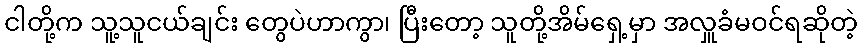
ငါတို့က သူ့သူငယ်ချင်း တွေပဲဟာကွာ၊ ပြီးတော့ သူတို့အိမ်ရှေ့မှာ အလှူခံမဝင်ရဆိုတဲ့